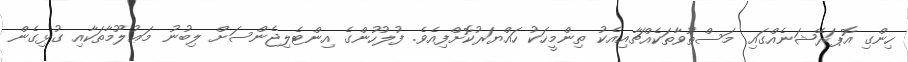
ހިންގި އޮޕަރޭޝަނެއްގައި މަސްތުވާތަކެއްޗާއިއެކު ތިންމީހަކު ހައްޔަރުކޮށްފިއެވެ. ފުލުހުންގެ އިންޓެލިޖެންސަށް ލިބުނު މަޢުލޫމާތަކާއި ގުޅިގެން